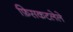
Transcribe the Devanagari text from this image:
फ़िसकटलेले